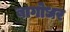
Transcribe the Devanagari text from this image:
बागोधर